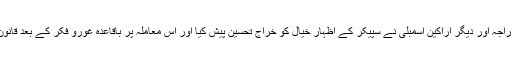
صوبائی وزیر قانون محمد بشارت راجہ اور دیگر اراکین اسمبلی نے سپیکر کے اظہار خیال کو خراج تحسین پیش کیا اور اس معاملہ پر باقاعدہ غورو فکر کے بعد قانون سازی کرنے کی تجویز پیش کی۔